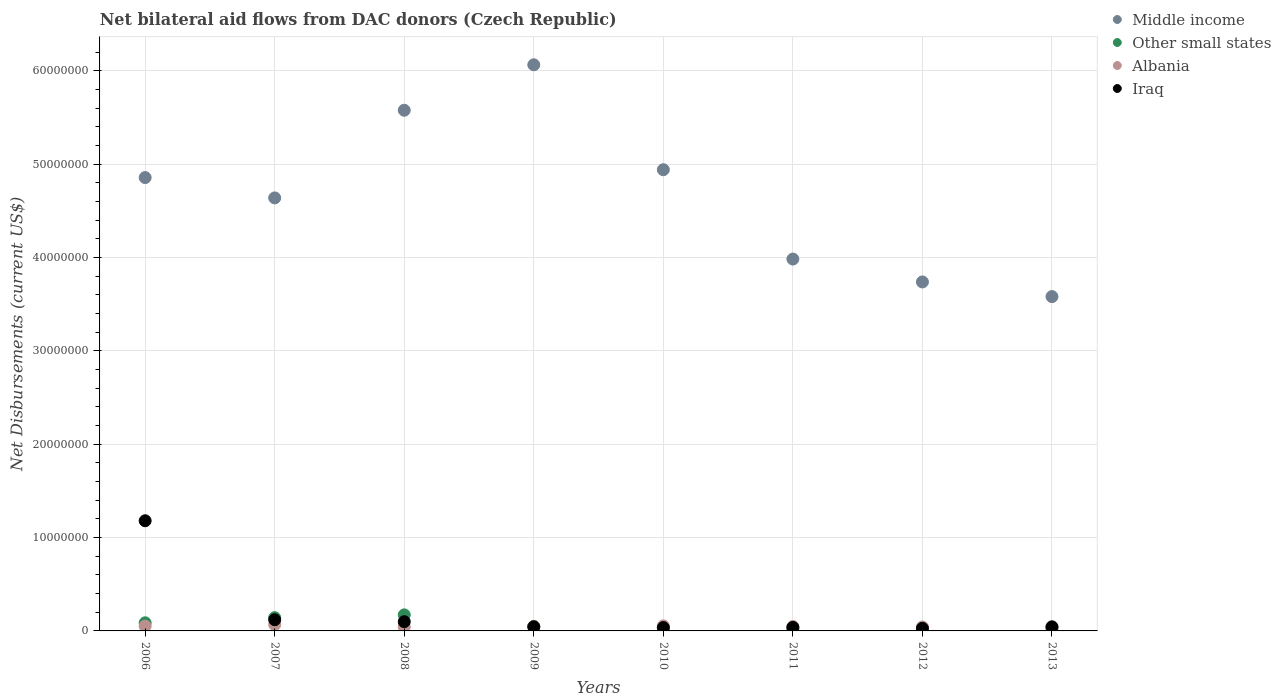
| Years | Middle income | Other small states | Albania | Iraq |
 | --- | --- | --- | --- | --- |
 | 2006 | 4.86e+07 | 8.7e+05 | 5.1e+05 | 1.18e+07 |
 | 2007 | 4.64e+07 | 1.42e+06 | 6.8e+05 | 1.2e+06 |
 | 2008 | 5.58e+07 | 1.72e+06 | 4.2e+05 | 9.9e+05 |
 | 2009 | 6.06e+07 | 4.9e+05 | 4.6e+05 | 4.4e+05 |
 | 2010 | 4.94e+07 | 3.7e+05 | 5.4e+05 | 3.6e+05 |
 | 2011 | 3.98e+07 | 2.3e+05 | 4.7e+05 | 3.8e+05 |
 | 2012 | 3.74e+07 | 2.6e+05 | 4.2e+05 | 2.8e+05 |
 | 2013 | 3.58e+07 | 3.8e+05 | 2.2e+05 | 4.4e+05 |